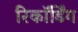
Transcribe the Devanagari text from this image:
रिकाॅर्डिंग